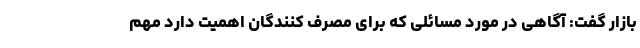
بازار گفت: آگاهی در مورد مسائلی که برای مصرف کنندگان اهمیت دارد مهم